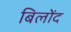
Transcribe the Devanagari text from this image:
बिलोंद